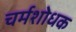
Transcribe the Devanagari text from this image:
चर्मशोधक